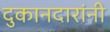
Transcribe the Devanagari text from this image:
दुकानदारांनी